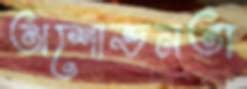
অশোভনতা